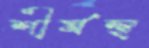
শীর্ষস্থ